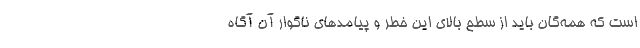
است که همه‌گان باید از سطح بالای این خطر و پیامدهای ناگوار آن آگاه